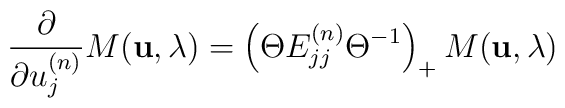
\frac{\partial}{\partial u^{(n)}_j} M ({\bf u}, \lambda) = \left(\Theta E^{(n)}_{jj} \Theta^{-1} \right)_{+} M ({\bf u}, \lambda)